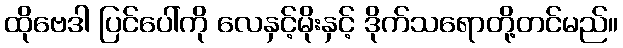
ထိုဗေဒါ ပြင်ပေါ်ကို လေနှင့်မိုးနှင့် ဒိုက်သရောတို့တင်မည်။